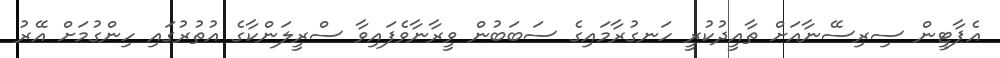
އެޕާޓީން ސިރިސޭނާއަށް ތާއީދުކުރީ ހަނގުރާމައިގެ ސަބަބުން ވީރާނާވެފައިވާ ސްރީލަންކާގެ އުތުރުގައި ހިންގުމަށް އޭރު